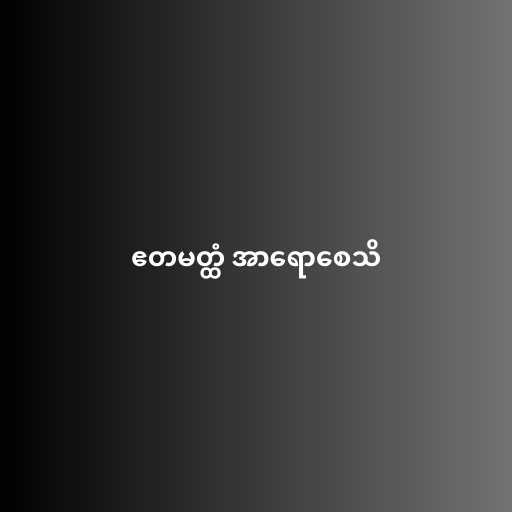
ဧတမတ္ထံ အာရောစေသိ